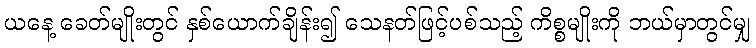
ယနေ့ ခေတ်မျိုးတွင် နှစ်ယောက်ချိန်း၍ သေနတ်ဖြင့်ပစ်သည့် ကိစ္စမျိုးကို ဘယ်မှာတွင်မျှ